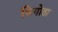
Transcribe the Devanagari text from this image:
भिगोता